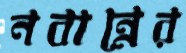
নবান্নের